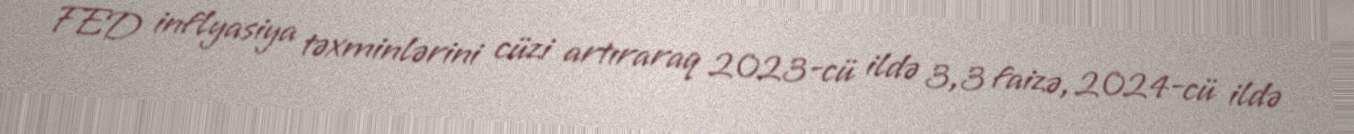
FED inflyasiya təxminlərini cüzi artıraraq 2023-cü ildə 3,3 faizə, 2024-cü ildə